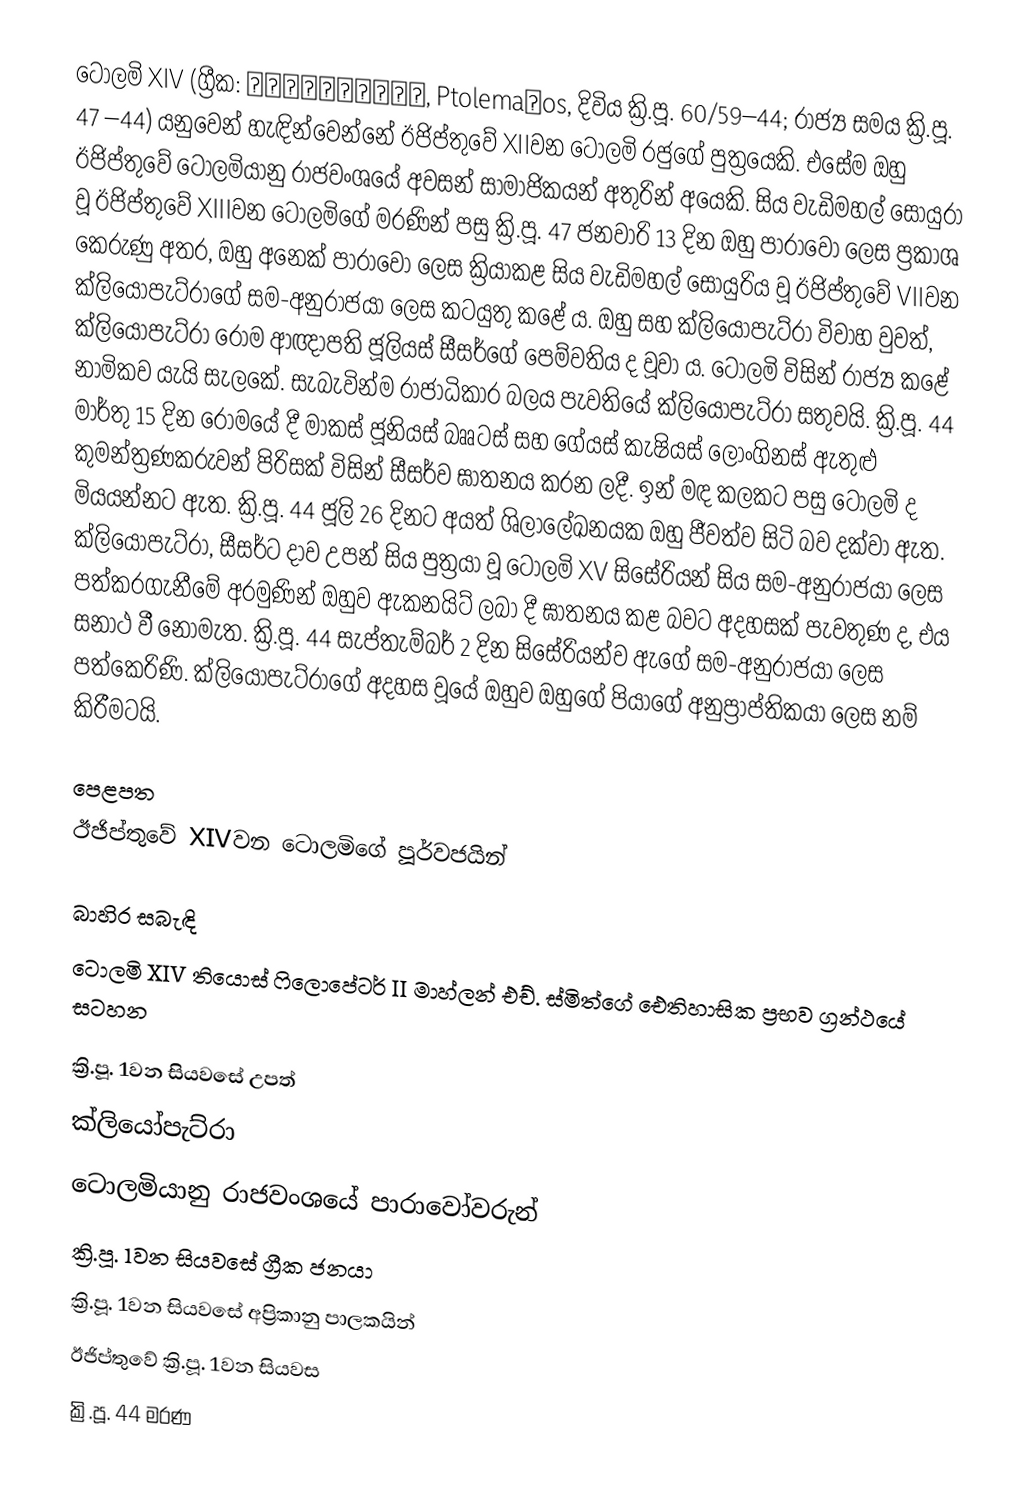
‍ටොලමි XIV (ග්‍රීක: Πτολεμαῖος, Ptolemaĩos, දිවිය ක්‍රි.පූ. 60/59–44; රාජ්‍ය සමය ක්‍රි.පූ. 47 –44) යනුවෙන් හැඳින්වෙන්නේ ඊජිප්තුවේ XIIවන ටොලමි රජුගේ පුත්‍රයෙකි. එසේම ඔහු ඊජිප්තුවේ ටොලමියානු රාජවංශයේ අවසන් සාමාජිකයන් අතුරින් අයෙකි. සිය වැඩිමහල් සොයුරා වූ ඊජිප්තුවේ XIIIවන ටොලමිගේ මරණින් පසු ක්‍රි.පූ. 47 ජනවාරි 13 දින ඔහු පාරාවෝ ලෙස ප්‍රකාශ කෙරුණු අතර, ඔහු අනෙක් පාරාවෝ ලෙස ක්‍රියාකළ සිය වැඩිමහල් සොයුරිය වූ ඊජිප්තුවේ VIIවන ක්ලියෝපැට්රාගේ සම-අනුරාජයා ලෙස කටයුතු කළේ ය. ඔහු සහ ක්ලියෝපැට්රා විවාහ වුවත්, ක්ලියෝපැට්රා රෝම ආඥාපති ජූලියස් සීසර්ගේ පෙම්වතිය ද වූවා ය. ටොලමි විසින් රාජ්‍ය කළේ නාමිකව යැයි සැලකේ. සැබැවින්ම රාජාධිකාර බලය පැවතියේ ක්ලියෝපැට්රා සතුවයි. ක්‍රි.පූ. 44 මාර්තු 15 දින රෝමයේ දී මාකස් ජූනියස් බෲටස් සහ ගේයස් කැෂියස් ලොංගිනස් ඇතුළු කුමන්ත්‍රණකරුවන් පිරිසක් විසින් සීසර්ව ඝාතනය කරන ලදී. ඉන් මඳ කලකට පසු ටොලමි ද මියයන්නට ඇත. ක්‍රි.පූ. 44 ජූලි 26 දිනට අයත් ශිලාලේඛනයක ඔහු ජීවත්ව සිටි බව දක්වා ඇත. ක්ලියෝපැට්රා, සීසර්ට දාව උපන් සිය පුත්‍රයා වූ ටොලමි XV සිසේරියන් සිය සම-අනුරාජයා ලෙස පත්කරගැනීමේ අරමුණින් ඔහුව ඇකනයිට් ලබා දී ඝාතනය කළ බවට අදහසක් පැවතුණ ද, එය සනාථ වී නොමැත. ක්‍රි.පූ. 44 සැප්තැම්බර් 2 දින සිසේරියන්ව ඇගේ සම-අනුරාජයා ලෙස පත්කෙරිණි. ක්ලියෝපැට්රාගේ අදහස වූයේ ඔහුව ඔහුගේ පියාගේ අනුප්‍රාප්තිකයා ලෙස නම් කිරීමටයි.

පෙළපත
ඊජිප්තුවේ XIVවන ටොලමිගේ පූර්වජයින්

බාහිර සබැඳි
 ටොලමි XIV තියොස් ෆිලොපේටර් II මාහ්ලන් එච්. ස්මිත්ගේ ඓතිහාසික ප්‍රභව ග්‍රන්ථයේ සටහන

ක්‍රි.පූ. 1වන සියවසේ උපත්
ක්ලියෝපැට්රා
ටොලමියානු රාජවංශයේ පාරාවෝවරුන්
ක්‍රි.පූ. 1වන සියවසේ ග්‍රීක ජනයා
ක්‍රි.පූ. 1වන සියවසේ අප්‍රිකානු පාලකයින්
ඊජිප්තුවේ ක්‍රි.පූ. 1වන සියවස
ක්‍රි.පූ. 44 මරණ